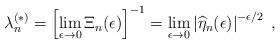
LaTeX: \begin{align*}\lambda^{(\ast)}_{n} = \left[\lim_{\epsilon\rightarrow 0}\Xi_{n}(\epsilon)\right]^{-1}= \lim_{\epsilon\rightarrow0} \left| \widehat{\eta}_{n}(\epsilon)\right|^{-\epsilon/2}\; ,\end{align*}